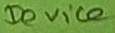
Text: Device